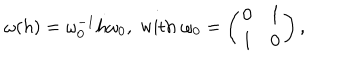
\omega ( h ) = \omega _ { 0 } ^ { - 1 } h \omega _ { 0 } , \; \mathrm { w i t h } \; \omega _ { 0 } = \left( \begin{array} { c c } { { 0 } } & { { 1 } } \\ { { 1 } } & { { 0 } } \\ \end{array} \right) ,